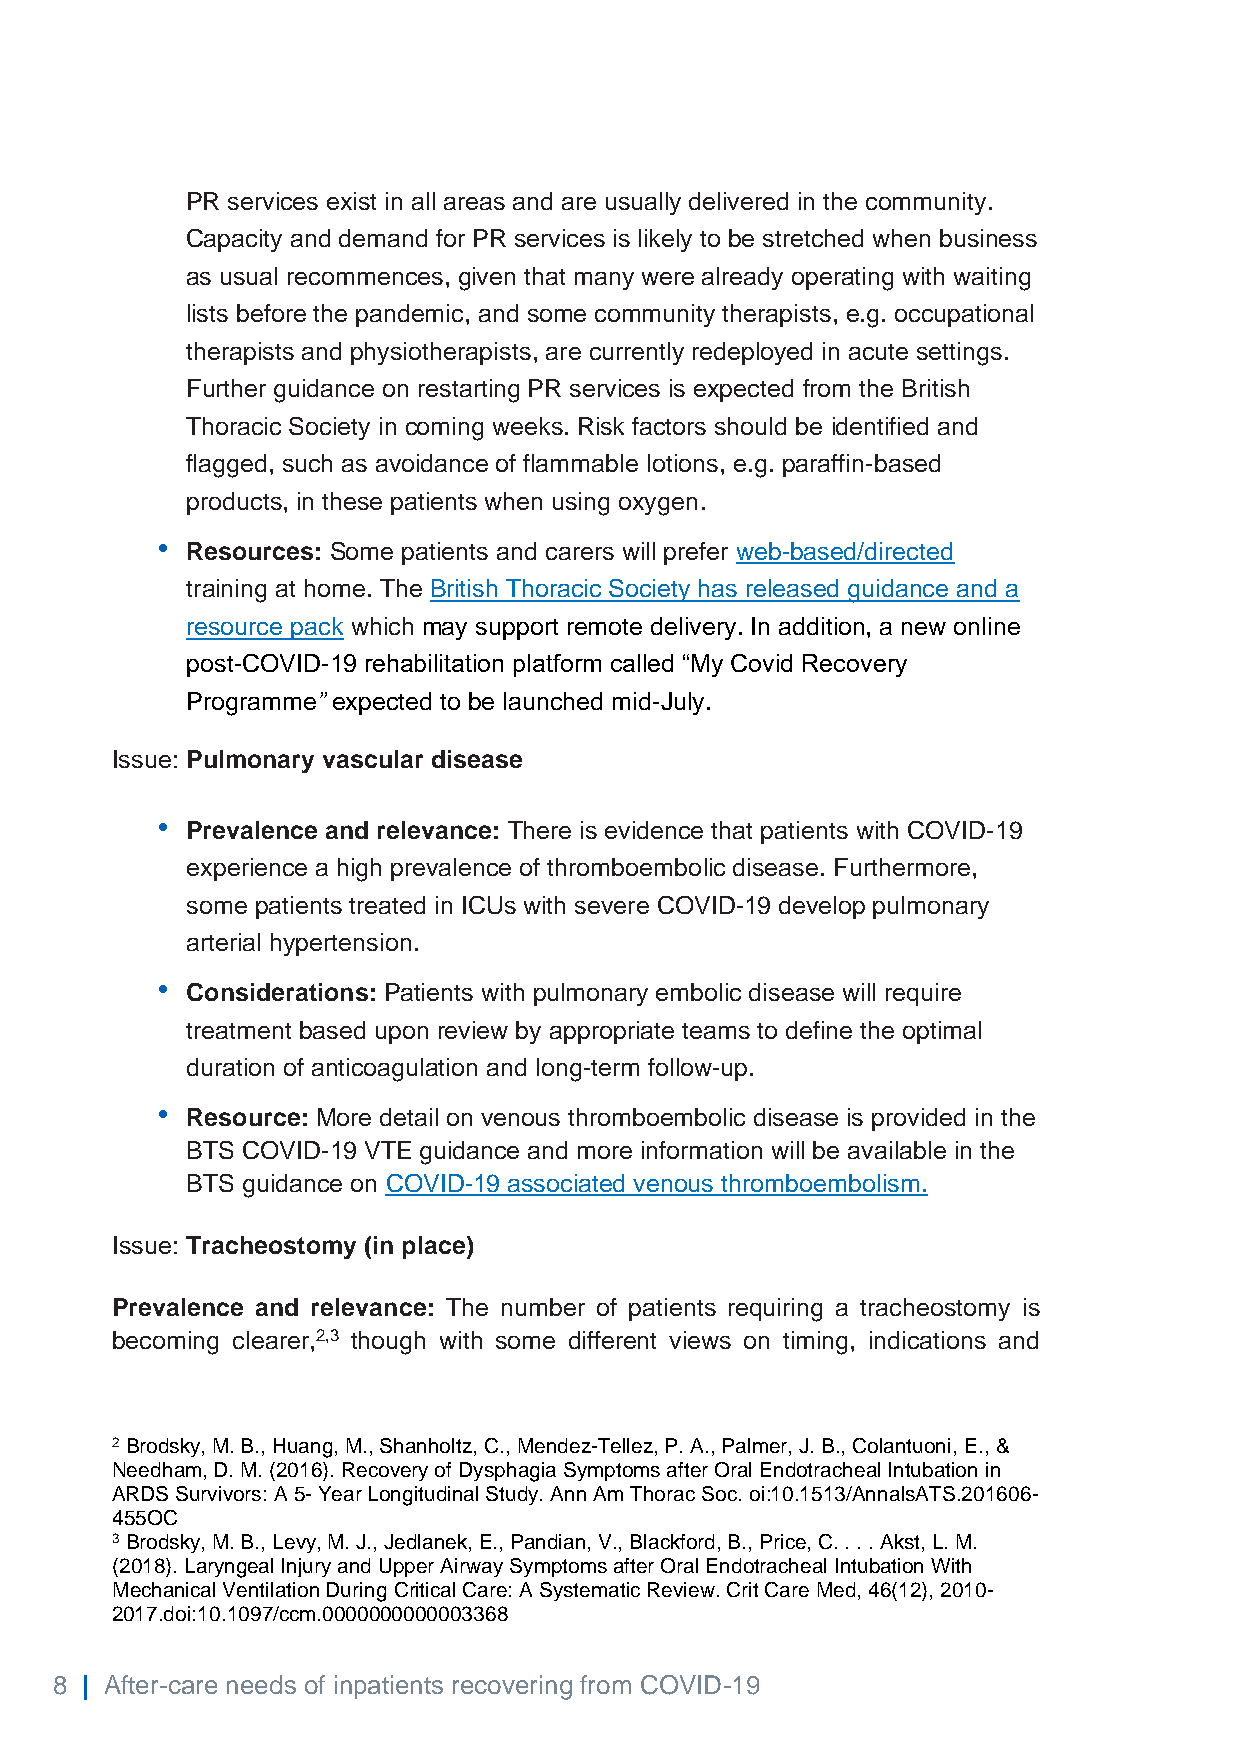
PR services exist in all areas and are usually delivered in the community.
 Capacity and demand for PR services is likely to be stretched when business
 as usual recommences, given that many were already operating with waiting
 lists before the pandemic, and some community therapists, e.g. occupational
 therapists and physiotherapists, are currently redeployed in acute settings.
 Further guidance on restarting PR services is expected from the British
 Thoracic Society in coming weeks. Risk factors should be identified and
 flagged, such as avoidance of flammable lotions, e.g. paraffin-based
 products, in these patients when using oxygen.
 •
 Resources: Some patients and carers will prefer web-based/directed
 training at home. The British Thoracic Society has released guidance and a
 resource pack which may support remote delivery. In addition, a new online
 post-COVID-19 rehabilitation platform called “My Covid Recovery
 Programme” expected to be launched mid-July.
 Issue: Pulmonary vascular disease
 •
 Prevalence and relevance: There is evidence that patients with COVID-19
 experience a high prevalence of thromboembolic disease. Furthermore,
 some patients treated in ICUs with severe COVID-19 develop pulmonary
 arterial hypertension.
 •
 Considerations: Patients with pulmonary embolic disease will require
 treatment based upon review by appropriate teams to define the optimal
 duration of anticoagulation and long-term follow-up.
 •
 Resource: More detail on venous thromboembolic disease is provided in the
 BTS COVID-19 VTE guidance and more information will be available in the
 BTS guidance on COVID-19 associated venous thromboembolism.
 Issue: Tracheostomy (in place)
 Prevalence and relevance: The number of patients requiring a tracheostomy is
 becoming clearer,2,3 though with some different views on timing, indications and
 2 Brodsky, M. B., Huang, M., Shanholtz, C., Mendez-Tellez, P. A., Palmer, J. B., Colantuoni, E., &
 Needham, D. M. (2016). Recovery of Dysphagia Symptoms after Oral Endotracheal Intubation in
 ARDS Survivors: A 5- Year Longitudinal Study. Ann Am Thorac Soc. oi:10.1513/AnnalsATS.201606-
 455OC
 3 Brodsky, M. B., Levy, M. J., Jedlanek, E., Pandian, V., Blackford, B., Price, C. . . . Akst, L. M.
 (2018). Laryngeal Injury and Upper Airway Symptoms after Oral Endotracheal Intubation With
 Mechanical Ventilation During Critical Care: A Systematic Review. Crit Care Med, 46(12), 2010-
 2017.doi:10.1097/ccm.0000000000003368
 8 | After-care needs of inpatients recovering from COVID-19